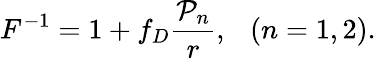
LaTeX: F^{-1}=1+f_{D}{\frac{{\cal P}_{n}}{r}},\ \ \ (n=1,2).